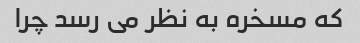
که مسخره به نظر می رسد چرا